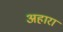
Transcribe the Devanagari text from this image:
अहारा